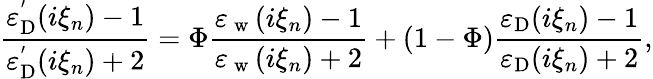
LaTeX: \frac{\varepsilon_{\mathrm{D}}^{^{\prime}}(i\xi_{n})-1}{\varepsilon_{\mathrm{D}}^{^{\prime}}(i\xi_{n})+2}=\Phi\frac{\varepsilon_{\mathrm{~w~}}(i\xi_{n})-1}{\varepsilon_{\mathrm{~w~}}(i\xi_{n})+2}+(1-\Phi)\frac{\varepsilon_{\mathrm{D}}(i\xi_{n})-1}{\varepsilon_{\mathrm{D}}(i\xi_{n})+2},